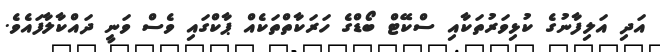
އަދި އަލިފާނުގެ ކުޅިވަރުތަކާއި ސްކޭޓް ބޯޑްގެ ހަރަކާތްތަކެއް ޕާކްގައި ވެސް ވަނީ ދައްކާލާފައެވެ.